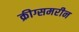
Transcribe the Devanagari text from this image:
क्रीग्समरीन